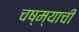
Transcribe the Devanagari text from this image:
चष्म्याची